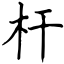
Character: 杆